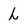
Character: L